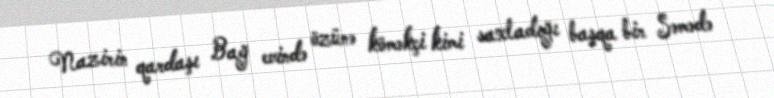
Nazirin qardaşı Bağ evində özünə köməkçi kimi saxladığı başqa bir Səmədə